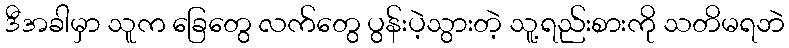
ဒီအခါမှာ သူက ခြေတွေ လက်တွေ ပွန်းပဲ့သွားတဲ့ သူ့ရည်းစားကို သတိမရဘဲ